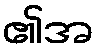
၏အ